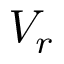
V _ { r }